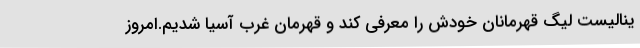
ینالیست لیگ قهرمانان خودش را معرفی کند و قهرمان غرب آسیا شدیم.امروز